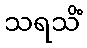
သရသိံ